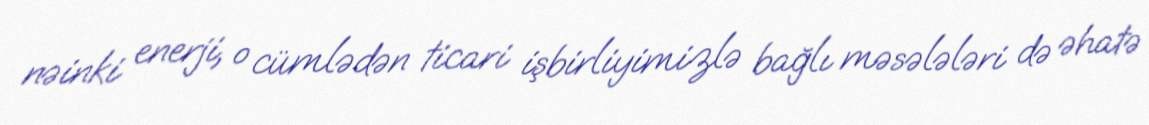
nəinki enerji, o cümlədən ticari işbirliyimizlə bağlı məsələləri də əhatə